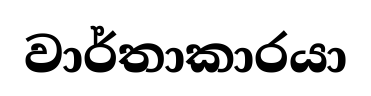
වාර්තාකාරයා